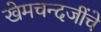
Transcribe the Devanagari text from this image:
खेमचन्दजींचे